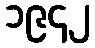
၁၉၄၂